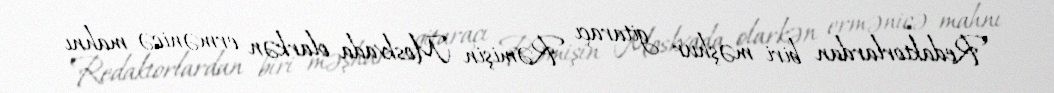
Redaktorlardan biri məşhur gitaraçı Rəmişin Moskvada olarkən ermənicə mahnı